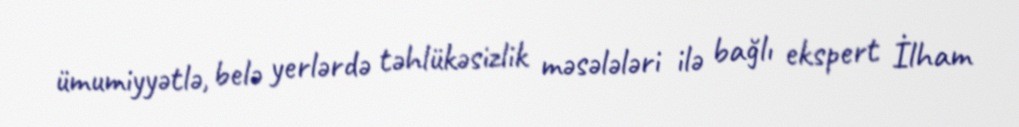
ümumiyyətlə, belə yerlərdə təhlükəsizlik məsələləri ilə bağlı ekspert İlham